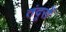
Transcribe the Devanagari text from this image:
तंदूरों